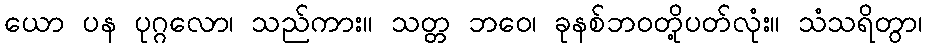
ယော ပန ပုဂ္ဂလော၊ သည်ကား။ သတ္တ ဘဝေ၊ ခုနစ်ဘဝတို့ပတ်လုံး။ သံသရိတွာ၊